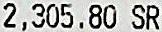
2,305.80 SR